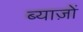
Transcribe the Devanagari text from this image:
ब्याज़ों